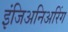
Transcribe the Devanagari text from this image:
इंजिअनिअरिंग